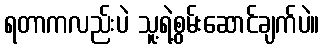
ရတာကလည်းပဲ သူ့ရဲ့စွမ်းဆောင်ချက်ပဲ။